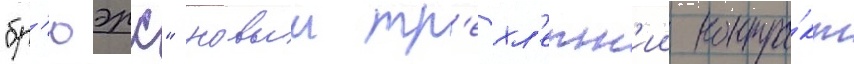
"бр'юэрс" новыи тр'ехл'етн'ии контра́кт